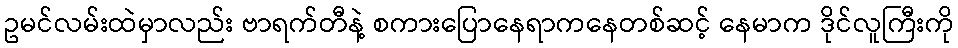
ဥမင်လမ်းထဲမှာလည်း ဗာရက်တီနဲ့ စကားပြောနေရာကနေတစ်ဆင့် နေမာက ဒိုင်လူကြီးကို